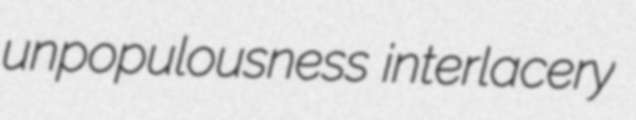
unpopulousness interlacery